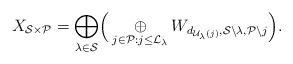
\begin{align*} X_{\mathcal{S}\times \mathcal{P}}= \underset{\lambda \in \mathcal{S} }{\bigoplus}\Big(\underset{j \in \mathcal{P}: j \leq \mathcal{L}_{\lambda}}{\oplus}W_{d_{\mathcal{U}_{\lambda}(j)}, \mathcal{S}\backslash \lambda, \mathcal{P}\backslash j}\Big).\end{align*}